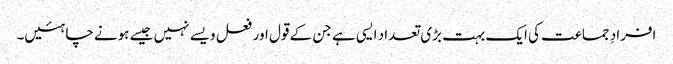
افرادِ جماعت کی ایک بہت بڑی تعداد ایسی ہے جن کے قول اور فعل ویسے نہیں جیسے ہونے چاہئیں۔